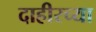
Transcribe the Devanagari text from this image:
दाहीरच्या